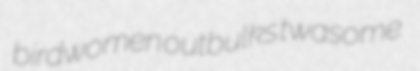
birdwomen outbulks twasome